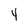
Character: Y